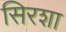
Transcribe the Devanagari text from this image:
सिरशा